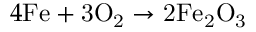
4 \mathrm { F e + 3 O _ { 2 } \rightarrow 2 F e _ { 2 } O _ { 3 } }